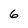
Character: 6